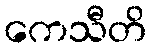
ကေသီတိ